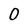
Character: 0